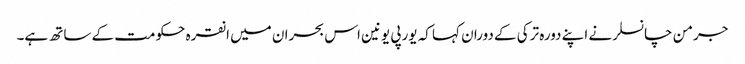
جرمن چانسلر نے اپنے دورہ ترکی کے دوران کہا کہ یورپی یونین اس بحران میں انقرہ حکومت کے ساتھ ہے۔